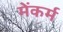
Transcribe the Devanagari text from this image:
मेंकर्म